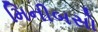
મિનીબસો